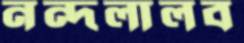
নন্দলালব